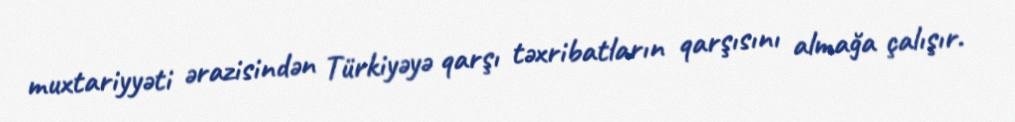
muxtariyyəti ərazisindən Türkiyəyə qarşı təxribatların qarşısını almağa çalışır.